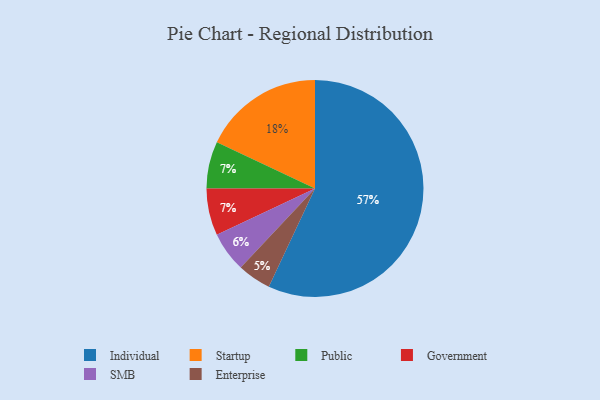
{"axis": {"x": "Category", "y": "Percentage"}, "legend": ["Enterprise", "Government", "Individual", "Public", "SMB", "Startup"], "data": [{"x": "Public", "y": 7, "type": "Public"}, {"x": "Enterprise", "y": 5, "type": "Enterprise"}, {"x": "Government", "y": 7, "type": "Government"}, {"x": "Startup", "y": 18, "type": "Startup"}, {"x": "SMB", "y": 6, "type": "SMB"}, {"x": "Individual", "y": 57, "type": "Individual"}]}